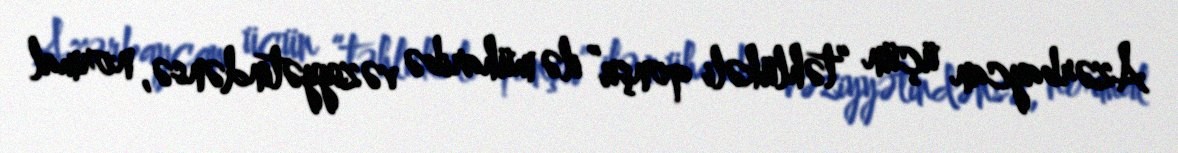
Azərbaycan üçün “təhlükəli qonşu” ilə müharibə vəziyyətindənsə, normal